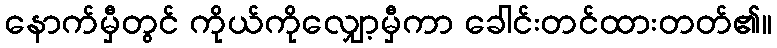
နောက်မှီတွင် ကိုယ်ကိုလျှော့မှီကာ ခေါင်းတင်ထားတတ်၏။